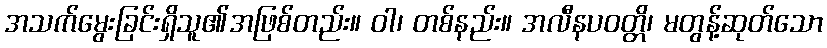
အသက်မွေးခြင်းရှိသူ၏အဖြစ်တည်း။ ဝါ၊ တစ်နည်း။ အလီနပဝတ္တိ၊ မတွန့်ဆုတ်သော